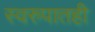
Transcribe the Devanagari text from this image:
स्वरुपातही